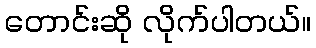
တောင်းဆို လိုက်ပါတယ်။